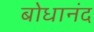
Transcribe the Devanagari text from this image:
बोधानंद